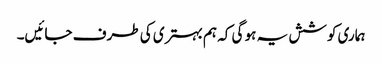
ہماری کوشش یہ ہو گی کہ ہم بہتری کی طرف جائیں۔